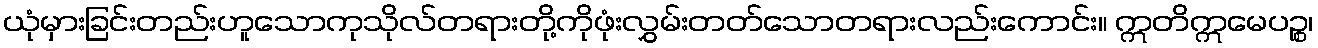
ယုံမှားခြင်းတည်းဟူသောကုသိုလ်တရားတို့ကိုဖုံးလွှမ်းတတ်သောတရားလည်းကောင်း။ ဣတိဣမေပဉ္စ၊